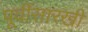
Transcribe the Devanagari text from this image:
पूर्वीसारखी